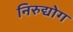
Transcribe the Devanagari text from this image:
निरुद्योग